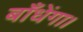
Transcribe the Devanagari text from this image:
बाँधेंगा।